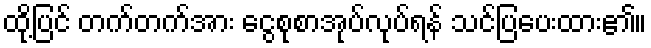
ထို့ပြင် တက်တက်အား ငွေစုစာအုပ်လုပ်ရန် သင်ပြပေးထား၏။